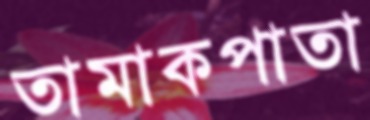
তামাকপাতা